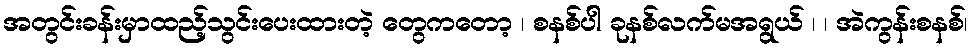
အတွင်းခန်းမှာထည့်သွင်းပေးထားတဲ့ တွေကတော့ ၊ စနစ်ပါ ခုနစ်လက်မအရွယ် ၊ ၊ အဲကွန်းစနစ်၊